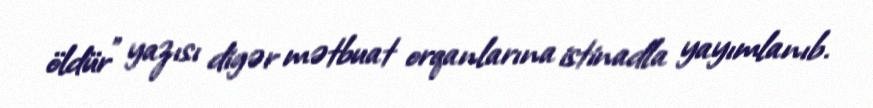
öldür” yazısı digər mətbuat orqanlarına istinadla yayımlanıb.